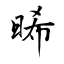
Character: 晞